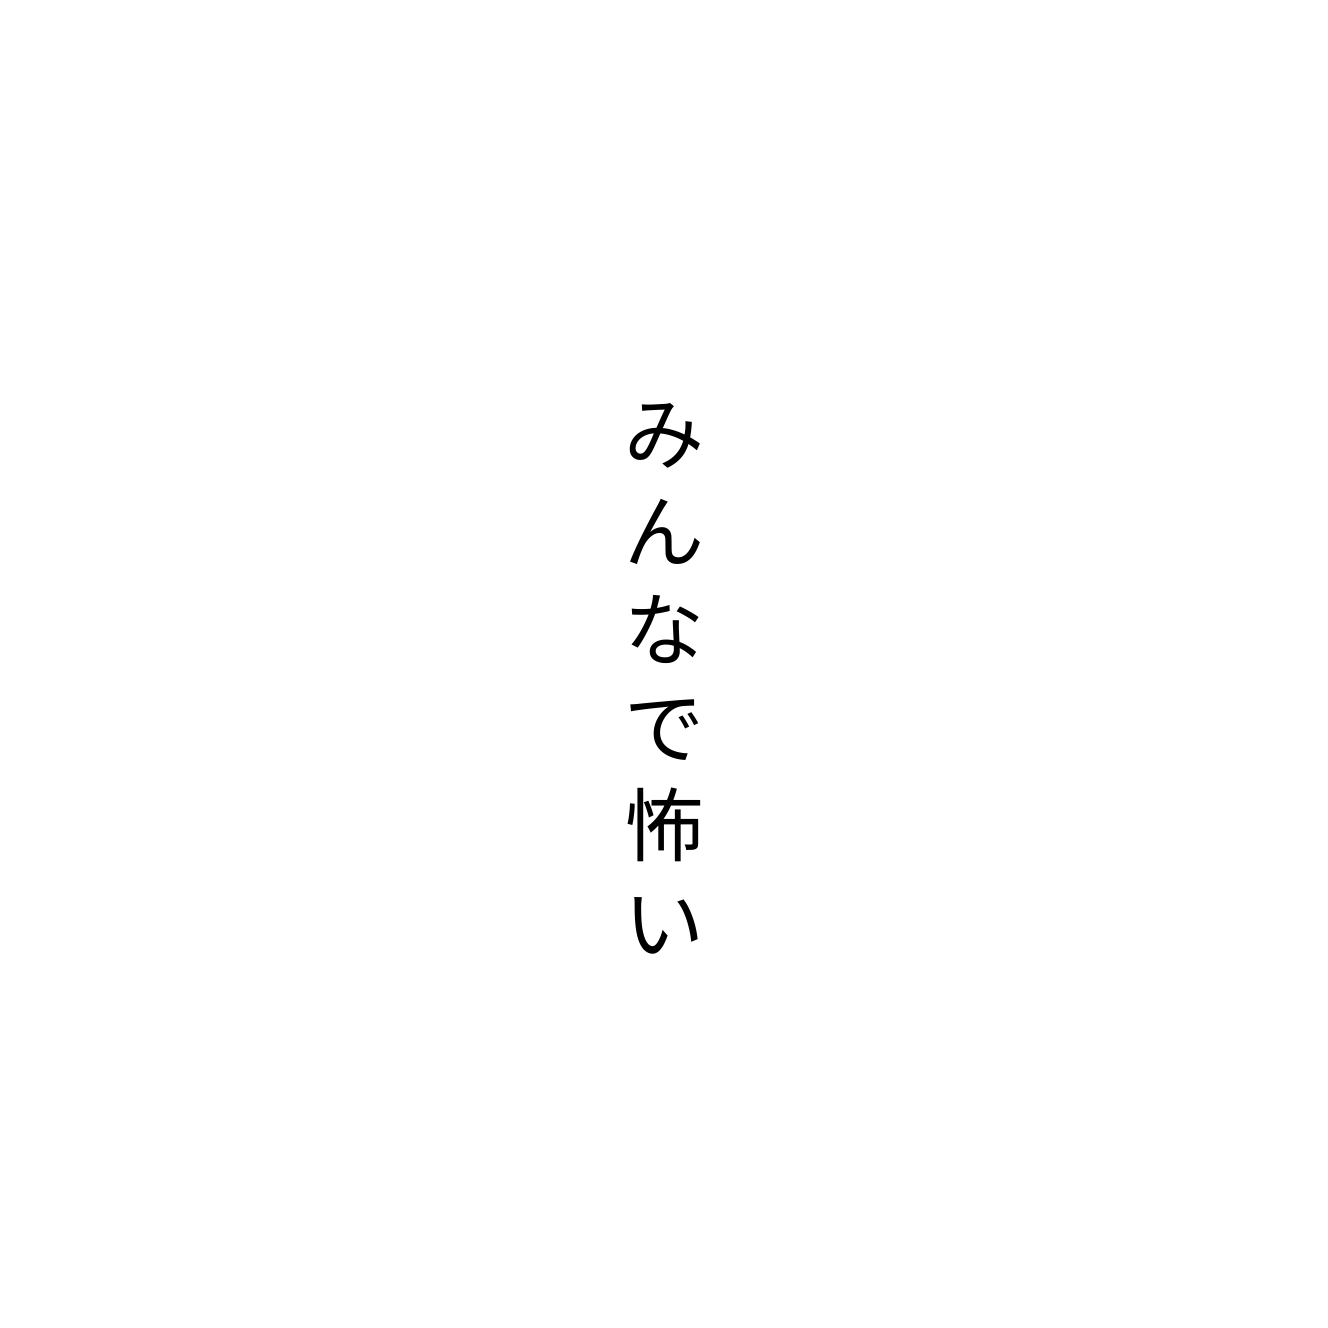
みんなで怖い